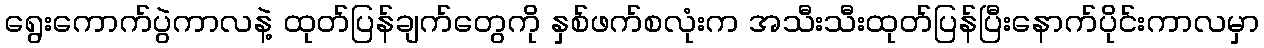
ရွေးကောက်ပွဲကာလနဲ့ ထုတ်ပြန်ချက်တွေကို နှစ်ဖက်စလုံးက အသီးသီးထုတ်ပြန်ပြီးနောက်ပိုင်းကာလမှာ